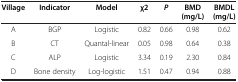
| Village | Indicator | Model | χ2 | P | BMD (mg/L) | BMDL (mg/L) |
 | --- | --- | --- | --- | --- | --- | --- |
 | A | BGP | Logistic | 0.82 | 0.66 | 0.98 | 0.62 |
 | B | CT | Quantal-linear | 0.05 | 0.98 | 0.64 | 0.38 |
 | C | ALP | Logistic | 3.34 | 0.19 | 2.30 | 0.84 |
 | D | Bone density | Log-logistic | 1.51 | 0.47 | 0.94 | 0.88 |